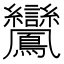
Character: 𪈽